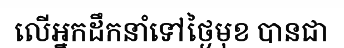
លើអ្នកដឹកនាំទៅថ្ងៃមុខ បានជា